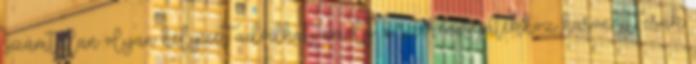
számtalan olyan helyzet adódhat, amely a szerencsejátékhoz hasonlít, csak